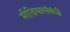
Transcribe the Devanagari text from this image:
मीडियासंबंधी